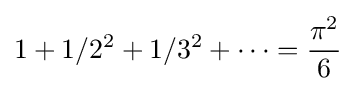
1+1/2^{2}+1/3^{2}+\cdots ={\frac {\pi ^{2}}{6}}